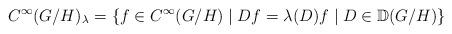
LaTeX: \begin{align*} C^\infty(G/H)_\lambda =_{} \{f\in C^\infty(G/H) \mid Df = \lambda(D)f \mid D\in {\mathbb D}(G/H)\}\end{align*}